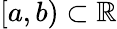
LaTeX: [a,b)\subset\mathbb{R}